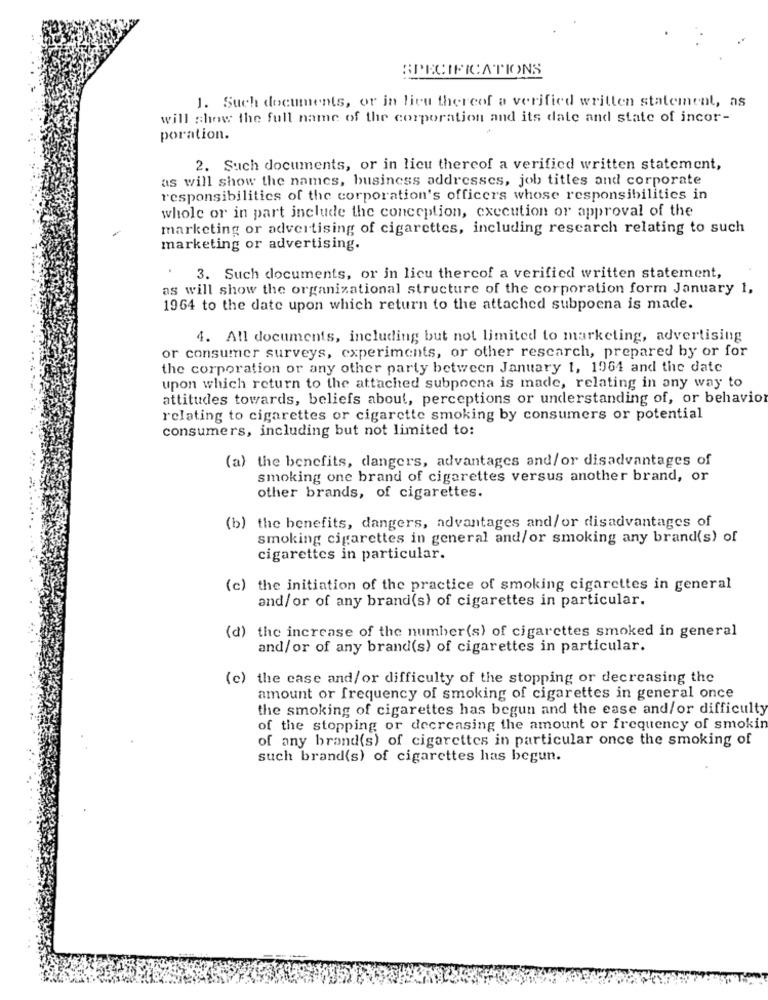
SPECIFICATIONS
1. Such documents, or in lieu thereof a verified written statement, as
will show the full name of the corporation and its date and state of incor-
poration.
2. Such documents, or in lieu thereof a verified written statement,
as will show the names, business addresses, job titles and corporate
responsibilities of the corporation's officers whose responsibilities in
whole or in part include the conception, execution or approval of the
marketing or advertising of cigarettes, including research relating to such
marketing or advertising.
3. Such documents, or in licu thercof a verified written statement,
as will show the organizational structure of the corporation form January 1,
1964 to the date upon which return to the attached subpoena is made.
4. All documents, including but not limited to marketing, advertising
or consumer surveys, experiments, or other rescarch, prepared by or for
the corporation or any other party between January 1, 1964 and the date
upon which return to the attached subpoena is made, relating in any way to
attitudes towards, beliefs about, perceptions or understanding of, or behavio
relating to cigarettes or cigarette smoking by consumers or potential
consumers, including but not limited to:
(a) the benefits, dangers, advantages and/or disadvantages of
smoking one brand of cigarettes versus another brand, or
other brands, of cigarettes.
(b) the benefits, dangers, advantages and/or disadvantages of
smoking cigarettes in general and/or smoking any brand(s) of
cigarettes in particular.
(c) the initiation of the practice of smoking cigarettes in general
and/or of any brand(s) of cigarettes in particular.
(d) the increase of the number(s) of cigarettes smoked in general
and/or of any brand(s) of cigarettes in particular.
(c) the case and/or difficulty of the stopping or decreasing the
amount or frequency of smoking of cigarettes in general once
the smoking of cigarettes has begun and the ease and/or difficulty
of the stopping or decreasing the amount or frequency of smokin
of any brand(s) of cigarettes in particular once the smoking of
such brand(s) of cigarettes has begun.